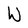
Character: W